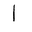
Letter: _alif